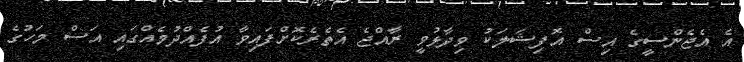
އެ އެޖެންސީގެ އިސް އޮފިޝަލަކު ވިދާޅުވީ ރާއްޖެ އެތެރެކޮށްފައިވާ އުފެއްދުމެއްގައި އަސް މަހުގެ